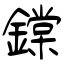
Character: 鏿